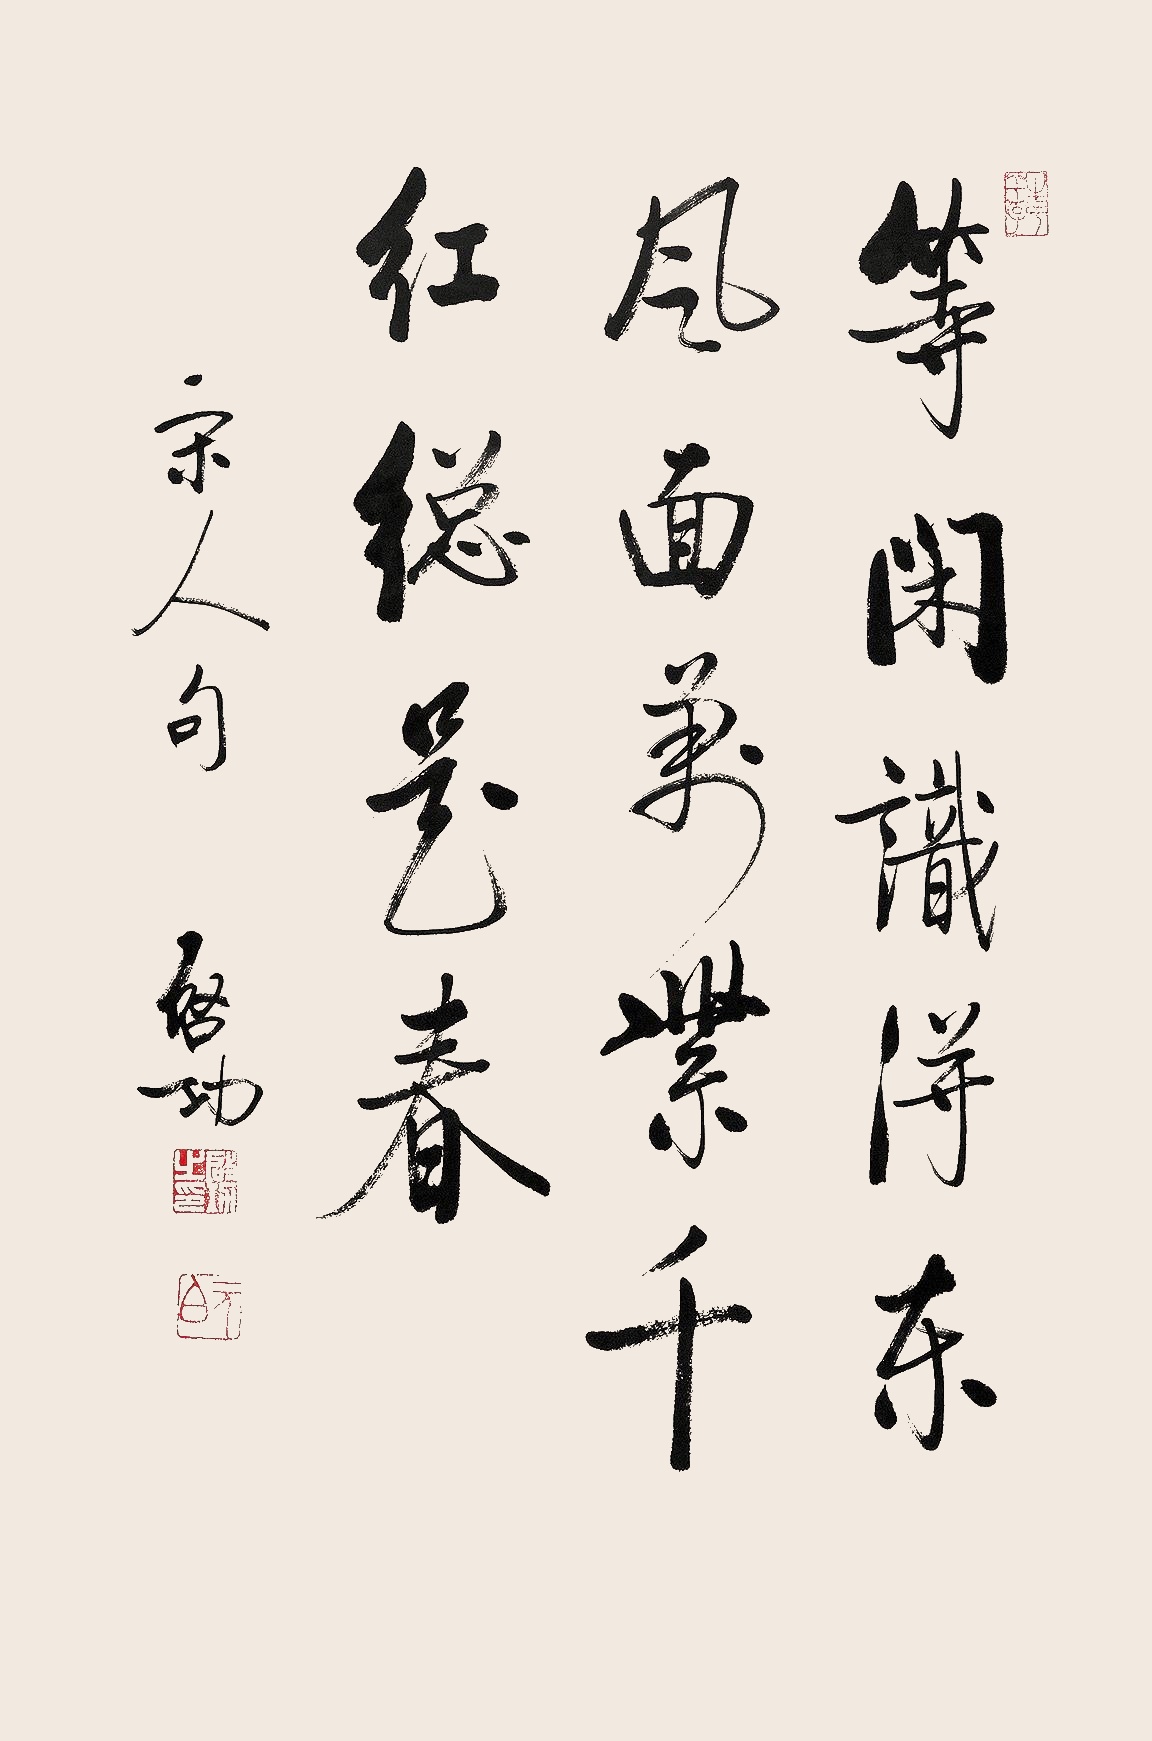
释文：等闲识得东风面，万紫千红总是春。宋人句。启功。